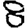
Digit: 8